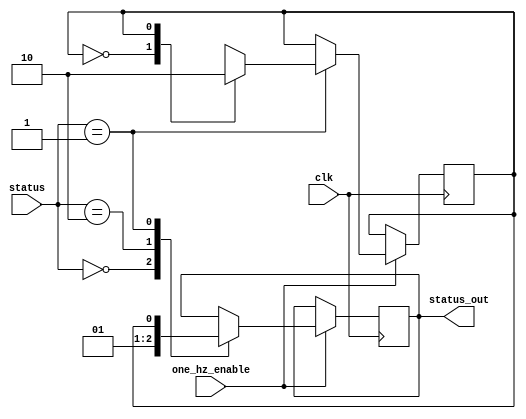
`timescale 1ns / 1ps
//////////////////////////////////////////////////////////////////////////////////
// Company: 
// Engineer: 
// 
// Design Name: 
// Module Name: status_light
// Project Name: 
// Target Devices: 
// Tool Versions: 
// Description: 
// 
// Dependencies: 
// 
// Revision:
// Revision 0.01 - File Created
// Additional Comments:
// 
//////////////////////////////////////////////////////////////////////////////////


module status_light(
    input [1:0] status,
    input one_hz_enable,clk,
    output status_out   
    );
    
    reg out;
    reg flag;
    assign status_out = out;
    always @(posedge clk) begin
        if (one_hz_enable) begin
             case(status)
               2'b00: 
                    out <= 0; // off
               2'b10:
                    out <= 1; // on
               2'b01: begin
                    //blink
                    case(flag)
                        1'b0: flag <= 1;
                        1'b1: flag <= 0;
                    endcase
                    out <= flag;
                end
             endcase
        end    
    end
endmodule